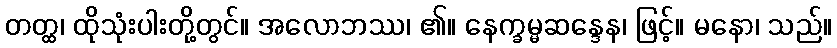
တတ္ထ၊ ထိုသုံးပါးတို့တွင်။ အလောဘဿ၊ ၏။ နေက္ခမ္မဆန္ဒေန၊ ဖြင့်။ မနော၊ သည်။